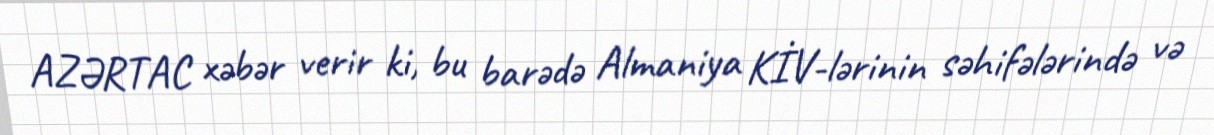
AZƏRTAC xəbər verir ki, bu barədə Almaniya KİV-lərinin səhifələrində və